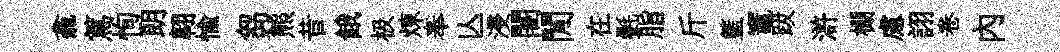
龕篤恂朗翺愉芻熊昔餓极煉奉亾浸闍閒在㲲脂斤籃竈跋滸棚慮詡卷內